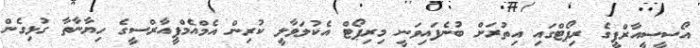
އޯސީސީއާރްޕީގެ ރިޕޯޓްގައި އިތުރަށް ބުނެފައިވަނީ މިރިޕޯޓް އެކުލަވާލީ ކުރިން އެމްއެމްޕީއާރްސީގެ ހިޔާނާތާ ގުޅިގެން